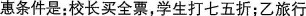
惠条件是：校长买全票，学生打七五折；乙旅行社